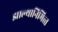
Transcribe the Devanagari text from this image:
झाल्यानिमित्त्त